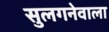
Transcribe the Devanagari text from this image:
सुलगनेवाला